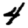
Digit: 4